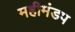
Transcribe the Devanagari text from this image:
महीमंडप